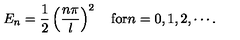
E _ { n } = \frac { 1 } { 2 } \left( \frac { n \pi } { l } \right) ^ { 2 } \quad \mathrm { f o r } n = 0 , 1 , 2 , \cdots .